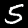
Digit: 5